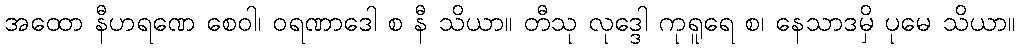
အထော နီဟရဏေ စေဝါ၊ ဝရဏာဒေါ စ နီ သိယာ။ တီသု လုဒ္ဒေါ ကုရူရေ စ၊ နေသာဒမှိ ပုမေ သိယာ။